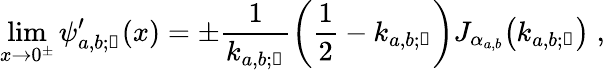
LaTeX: \operatorname*{lim}_{x\rightarrow 0^{\pm}}\psi_{a,b;\mathscr{n}}^{\prime}(x)=\pm\frac{1}{k_{a,b;\mathscr{n}}}\left(\frac{1}{2}-k_{a,b;\mathscr{n}}\right)J_{\alpha_{a,b}}\! \left(k_{a,b;\mathscr{n}}\right)\; ,